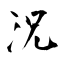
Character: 況